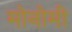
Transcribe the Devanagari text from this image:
मोनोमी